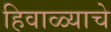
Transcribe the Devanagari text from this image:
हिवाळ्याचे